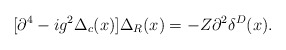
\begin{align*}[\partial^4 -ig^2\Delta_c(x)]\Delta_R(x) = -Z\partial^2\delta^D(x).\end{align*}